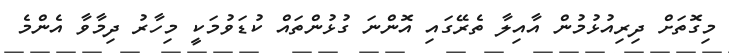
މިގޮތަށް ދިރިއުޅުމުން އާއިލާ ތެރޭގައި އޮންނަ ގުޅުންތައް ކުޑަވުމަކީ މިހާރު ދިމާވާ އެންމެ